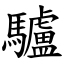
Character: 驢